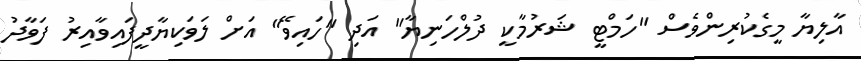
އާލިޔާ މީގެކުރިންވެސް "ހަމްޓީ ޝަރުމާކީ ދުލްހަނިޔާ" އަދި "ހައިވޭ" އަށް ލަވަކިޔާދީފައިވާއިރު ފަވާދު